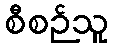
စီစဉ်သူ